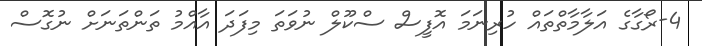
4-ރޯގާގެ އަލާމާތްތައް ހުރިނަމަ އޮފީސް ސްކޫލް ނުވަތަ މިފަދަ އާއްމު ތަންތަނަށް ނުގޮސް